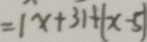
= \vert x + 3 \vert + \vert x - 5 \vert